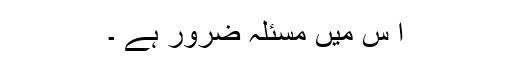
ا س میں مسئلہ ضرور ہے ۔